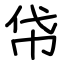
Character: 帒